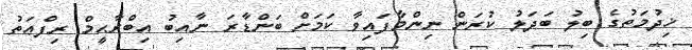
ޚިދުމަތުގެ ބިލު ބަދަލު ކުރަން ނިންމާފައިވާ ކަމަށް ބަންޑާރަ ނާއިބު އިބްރާޙީމް ރިފްޢަތު